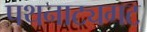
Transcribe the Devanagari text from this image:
पथनाट्यगट